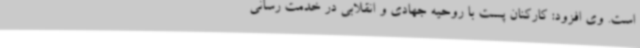
است. وی افزود: کارکنان پست با روحیه جهادی و انقلابی در خدمت رسانی